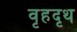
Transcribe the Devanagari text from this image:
वृहदृथ